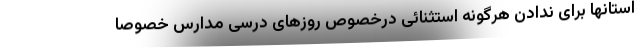
استانها برای ندادن هرگونه استثنائی درخصوص روزهای درسی مدارس خصوصا